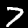
Digit: 7